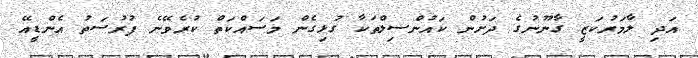
އަދި ލާމަރުކަޒީ ގާނޫނުގެ ދަށުން ކައުންސިލްތަކާ ގުޅިގެން މަސައްކަތް ކުރެވޭނެ ފުރުސަތު އެންޑީއޭ